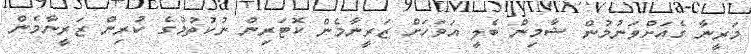
މަރީނާ ގެއަށްވަނުމުން ޝާމިން ބެލީ އަވަހަށް ޒަރީނާމެން ކޮޓަރިން ނުކުތުމުގެ ކުރިން ޒަރީނާމެން